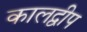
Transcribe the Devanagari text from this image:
कालद्वीप